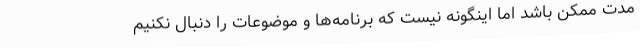
مدت ممکن باشد اما اینگونه نیست که برنامه‌ها و موضوعات را دنبال نکنیم